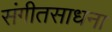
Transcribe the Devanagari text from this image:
संगीतसाधना